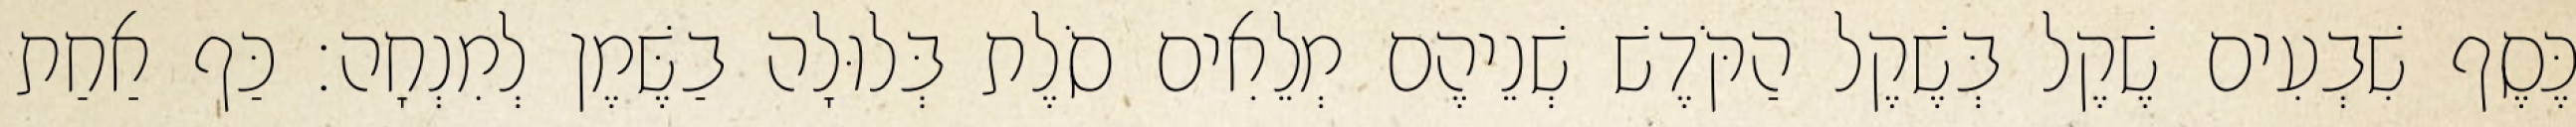
כֶּסֶף שִׁבְעִים שֶׁקֶל בְּשֶׁקֶל הַקֹּדֶשׁ שְׁנֵיהֶם מְלֵאִים סֹלֶת בְּלוּלָה בַשֶּׁמֶן לְמִנְחָה׃ כַּף אַחַת